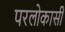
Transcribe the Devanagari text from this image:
परलोकासी